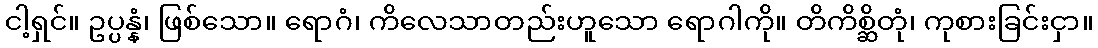
ငါ့ရှင်။ ဥပ္ပန္နံ၊ ဖြစ်သော။ ရောဂံ၊ ကိလေသာတည်းဟူသော ရောဂါကို။ တိကိစ္ဆိတုံ၊ ကုစားခြင်းငှာ။